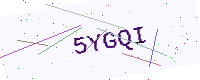
Text: 5YGQI